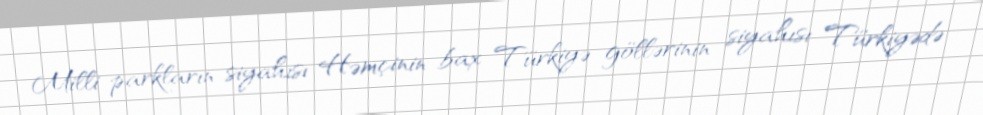
Milli parkların siyahısı Həmçinin bax Türkiyə göllərinin siyahısı Türkiyədə